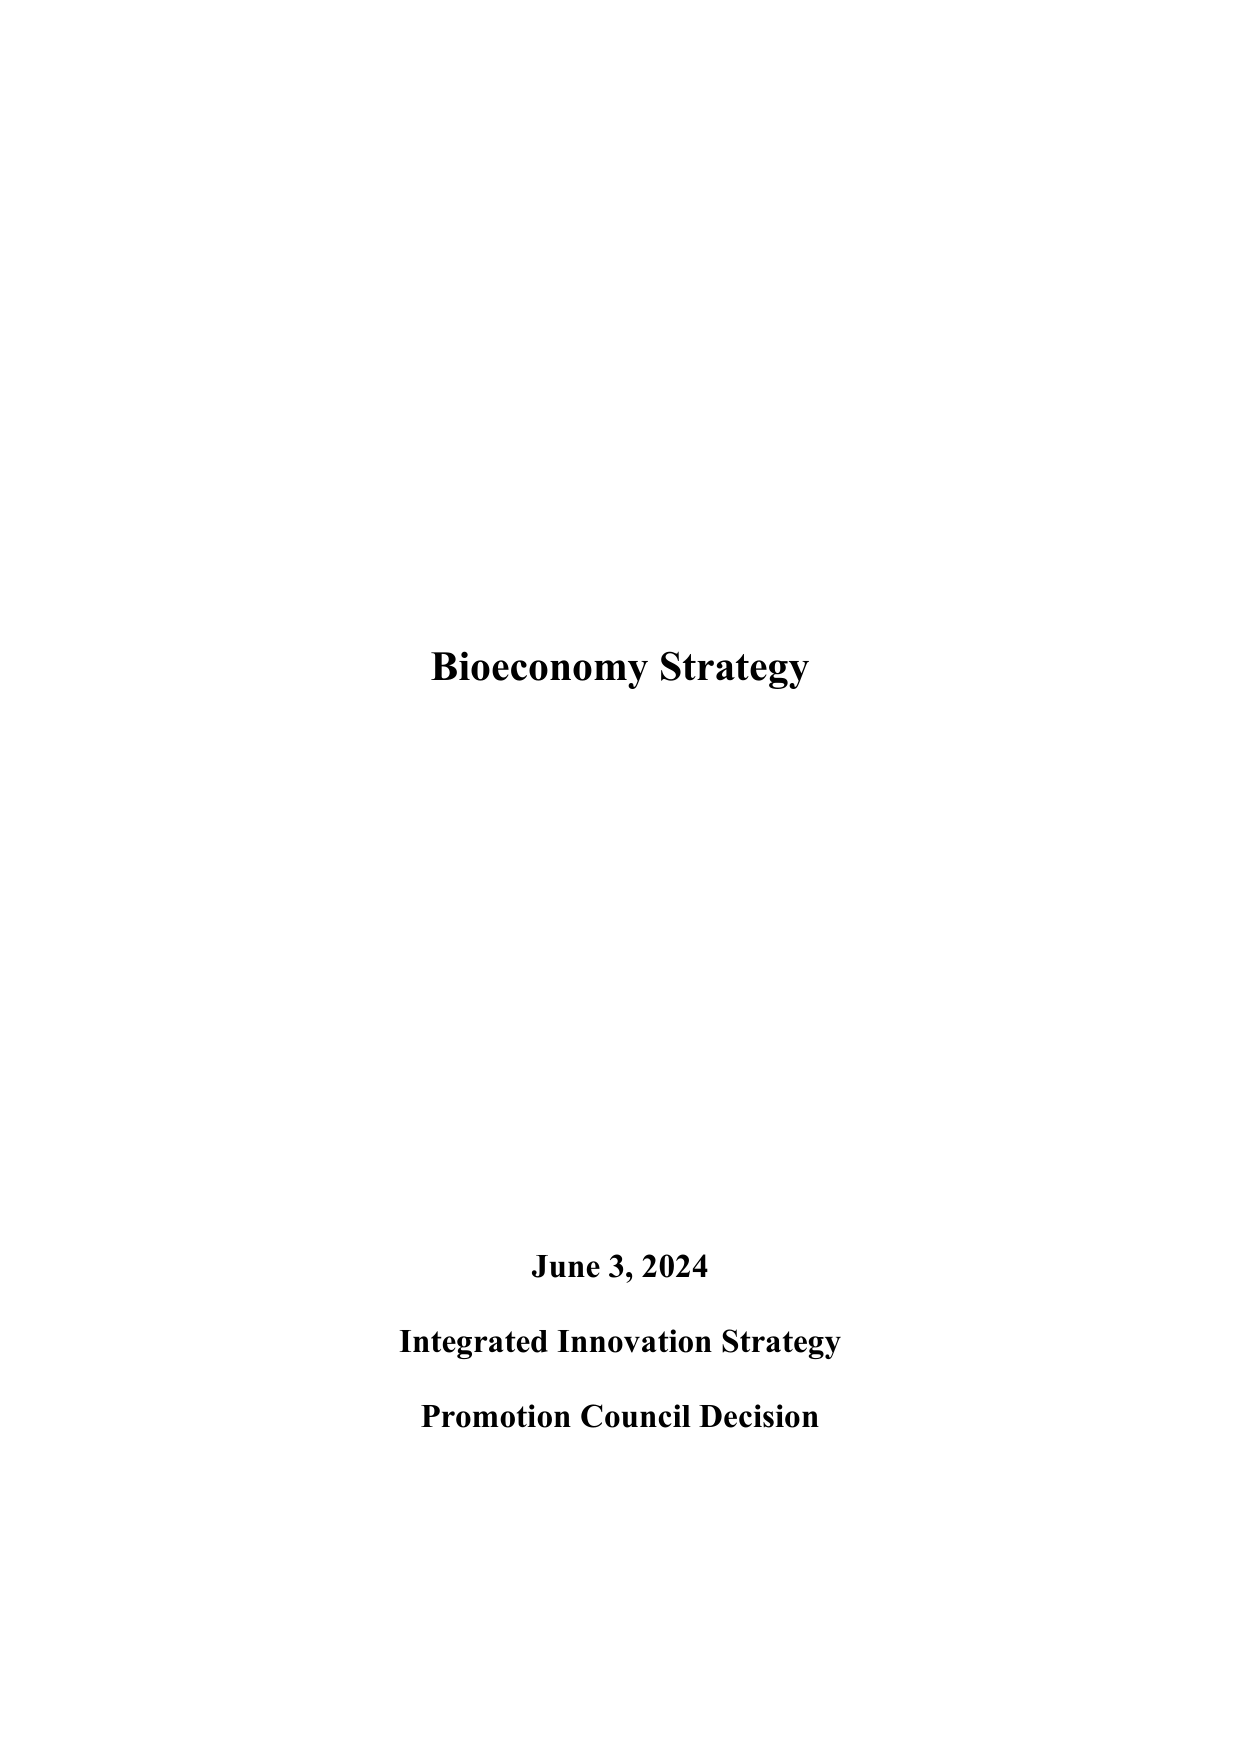
Bioeconomy Strategy

June 3, 2024
Integrated Innovation Strategy
Promotion Council Decision